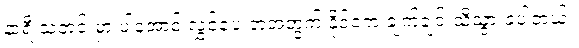
နာရီ သတင်းမှာ ပါအောင် လွှင့်ပေးတဲ့အတွက် နိုင်ငံက ချက်ချင်းသိသွားခဲ့ပါတယ်။